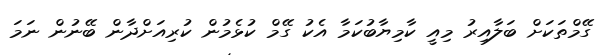
ގޭމްތަކަށް ބަލާއިރު މިއީ ކާމިޔާބުކަމާ އެކު ގޭމް ކުޅެމުން ކުރިއަށްދާން ބޭނުން ނަމަ